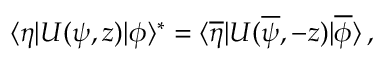
\langle \eta | U ( \psi , z ) | \phi \rangle ^ { \ast } = \langle \overline { { \eta } } | U ( \overline { { \psi } } , - z ) | \overline { { \phi } } \rangle \, ,